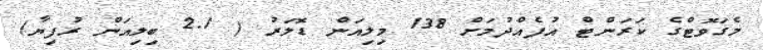
މެގަވޮޓްގެ ކަރަންޓް އުފެއްދުމަށް 138 މިލިއަން ޑޮލަރު ( 2.1 ބިލިއަން ރުފިޔާ)